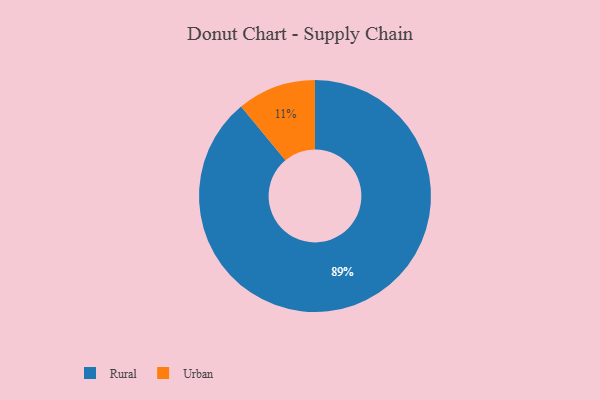
{"axis": {"x": "Category", "y": "Percentage"}, "legend": ["Rural", "Urban"], "data": [{"x": "Urban", "y": 11, "type": "Urban"}, {"x": "Rural", "y": 89, "type": "Rural"}]}